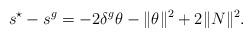
LaTeX: \begin{align*} s^\star-s^g=-2\delta^g\theta-\|\theta\|^2+2\|N\|^2. \end{align*}